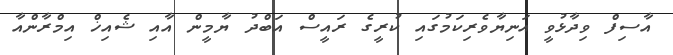
އާސިފް ވިދާޅުވީ އަނިޔާވެރިކަމުގައި ކުރީގެ ރައީސް އަބްދު ޔާމީން އާއި ޝެއިޚް އިމްރާންއާ